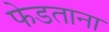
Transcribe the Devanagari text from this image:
फेडताना